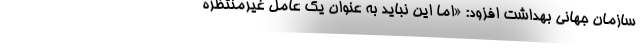
سازمان جهانی بهداشت افزود: «اما این نباید به عنوان یک عامل غیرمنتظره